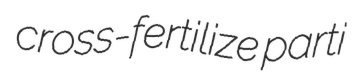
cross-fertilize parti